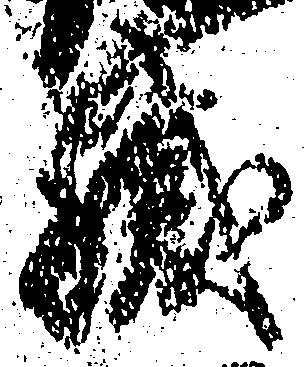
職